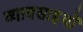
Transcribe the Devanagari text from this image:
व्यावसाइयों